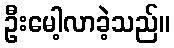
ဦးမေါ့လာခဲ့သည်။